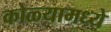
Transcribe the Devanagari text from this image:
कोळ्यामध्ये